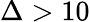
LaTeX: \Delta>10